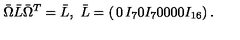
\bar { \Omega } \bar { L } \bar { \Omega } ^ { T } = \bar { L } , \ \bar { L } = \left( \begin{matrix} { 0 } & { I _ { 7 } } & { 0 } \\ { I _ { 7 } } & { 0 } & { 0 } \\ { 0 } & { 0 } & { I _ { 1 6 } } \\ \end{matrix} \right) .